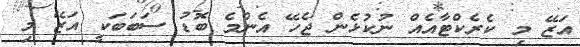
އަޒޭ މި ކެރެކްޓާއެއް ނުކުޅެން ޖެހޭ އެންމެ ބޮޑު ސަބަބަކީ އަޒޭ މި